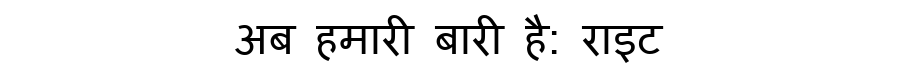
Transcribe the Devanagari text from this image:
अब हमारी बारी है: राइट